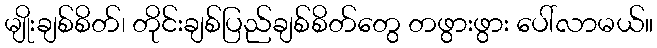
မျိုးချစ်စိတ်၊ တိုင်းချစ်ပြည်ချစ်စိတ်တွေ တဖွားဖွား ပေါ်လာမယ်။